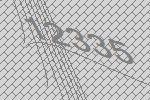
12335